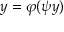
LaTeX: y = \varphi ( \psi y )